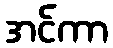
အင်ကာ